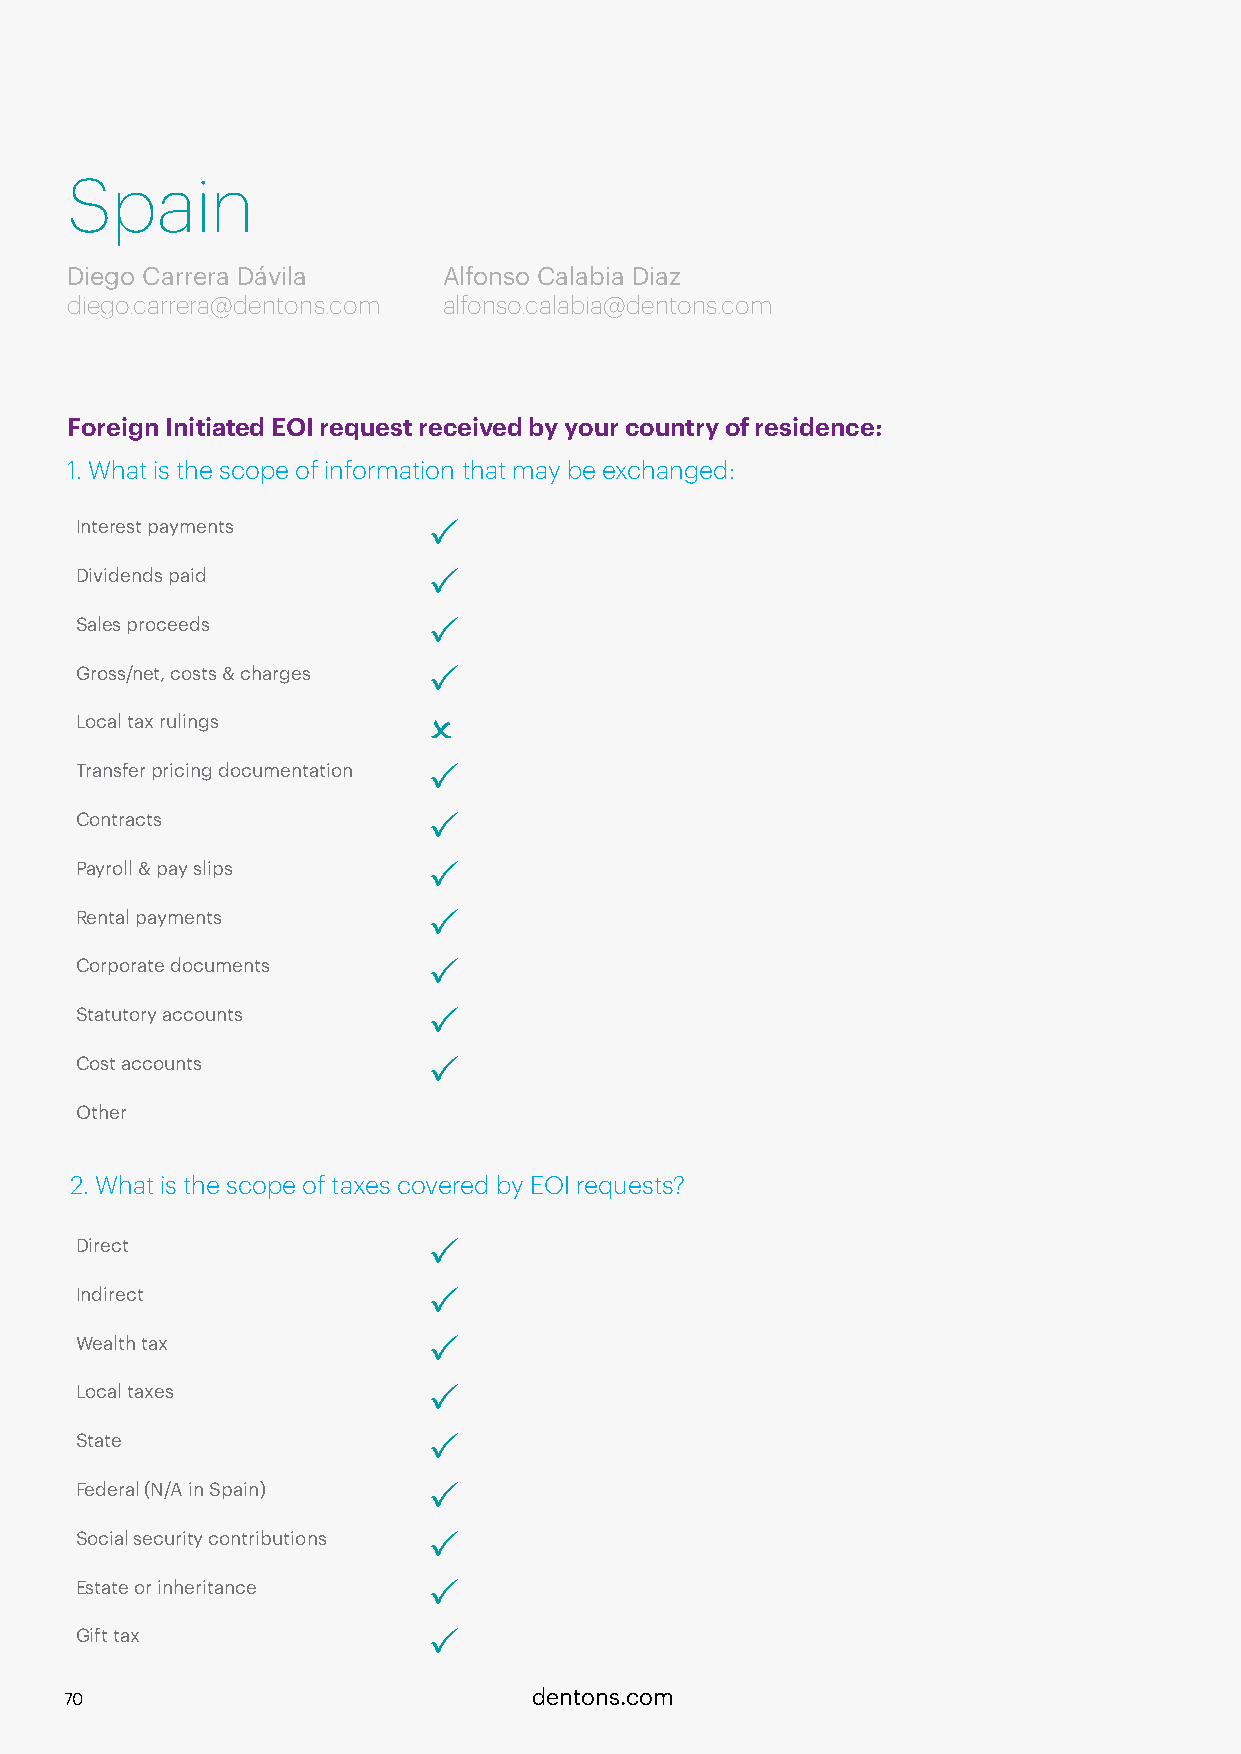
Spain
 Diego Carrera Dávila     Alfonso Calabia Diaz
 diego.carrera@dentons.com alfonso.calabia@dentons.com
 Foreign Initiated EOI request received by your country of residence:
 1. What is the scope of information that may be exchanged:
 Interest payments      P
 Dividends paid         P
 Sales proceeds         P
 Gross/net, costs & charges P
 Local tax rulings      O
 Transfer pricing documentation P
 Contracts              P
 Payroll & pay slips    P
 Rental payments        P
 Corporate documents    P
 Statutory accounts     P
 Cost accounts          P
 Other
 2. What is the scope of taxes covered by EOI requests?
 Direct                 P
 Indirect               P
 Wealth tax             P
 Local taxes            P
 State                  P
 Federal (N/A in Spain) P
 Social security contributions P
 Estate or inheritance  P
 Gift tax               P
 70                             dentons.com